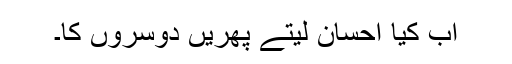
اب کیا احسان لیتے پھریں دوسروں کا۔